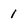
Character: 1